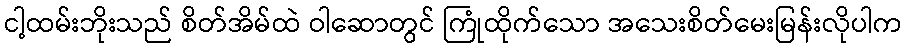
ငါ့ထမ်းဘိုးသည် စိတ်အိမ်ထဲ ဝါဆောတွင် ကြုံထိုက်သော အသေးစိတ်မေးမြန်းလိုပါက